Annual report on the lock hospitals of the Madras Presidency
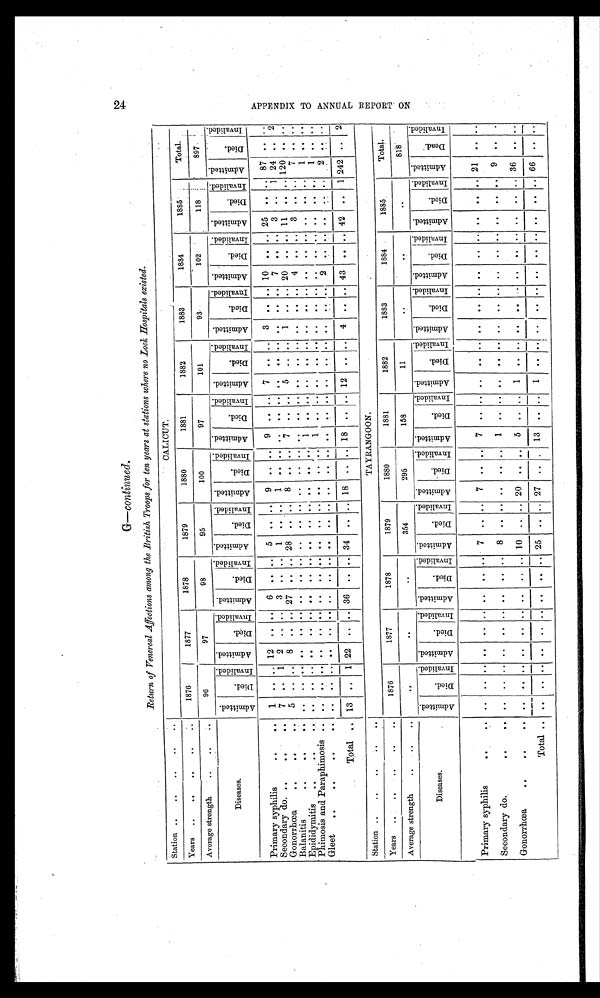
G-continued.
Return of Venereal Affections among the British Troops for ten years at stations where no Loch Hospitals existed.
Station ..
..
.. ..
CALICUT.
Total.
Years
..
.. ..
..
..
1876
1.1877
1878
1879
1880
1881
1882
1883
1884
1885
Average strength
.. ..
..
96
97
98
95
100
97
101
93
102
118
897.
Diseases.
A d m i t t e d
D i e d
I n v a l i d e d
A d m i t t e d
D i e d
I n v a l i d e d
A d m i t t e d
D i e d
I n v a l i d e d
A d m i t t e d
D i e d
I n v a l i d e d
A d m i t t e d
D i e d
I n v a l i d e d A d m i t t e d
D i e d
I n v a l i d e d A d m i t t e d
D i e d I nval i ded A d m i t t e d
D i e d
I nval i ded
A d m i t t e d
D i e d I nval i ded
A d m i t t e d
D i e d
I n v v v v a l i d d d d e d A d m i t t e d
D i e d
I n v v a l i d e d
Primary syphilis
00
ell
1 . . . . 12
I . . . 6
... ..
5
00
..
9
.. 00
9
.. .0
7
.. ..
3
.. .. 10
..
.0
25
8
.
S econdary do. ..
..
00
7
..
1
2
.. ..
3
: . ..
1
.. . .
1
Om
o.
00
O.
oe
60
..
..
..
..
. .
7
.. ..
3
..
1
24 ..
2
Gonorrhoea
. . 41 I . .
5
.. ..
8
.. .. 27
.. .. 28
8
00
ee
7
5
00
00
1
00
00
20 . . . 1 11
.
.. 120 .. ..
Balanitis
. . . .
.. ..
„ ..
.. .. ..
.. „ ..
.. „ ..
.. , . . ,
. . .. „
. , 4
. . . .
3
. .
7 . . ..
E pi did ym itis . . . .
..
. .
. . ..
. .
O.
. .
. .
. .
. .
. .
. .
. .
. .
to.
1
O.
...
.0
..
.0
00
O.
es
0.
00
.0
se
e.
0.
1
GO
Phimosis and Paraphimosis .. ..
.. . . . .
. . . .
. .
. .
. . .
..
. . .
..
. . 1
0.
e.
00
00
0.
ee
Oe
..
00
00
oe
ee
so
..
1
00
.0
Gleet
. . . . . .
. .
. . . . . .
. . . .
--
. .
. . . . . .
. . . .
__
. .
. .
_
. .
. .
.__
. .
_
.__
2
_._
__
.__
. .
Total
--
13
..
___
1 22
.. .. 36
..
.._
.. 34
.. .. 18
.. .. 18
.. .. 12
.. ..
4
..
.. 43
.. . . 42
..
1 242 ..
2
Station . . .. . . . .
_
TAYRANGOON.
Years ..
. . . . ' ' . .
1876
1377
1878
1879
1880
1881
1882
1883
1884
1885.
Total.
Average strength
. . .. .
..
..
354
295
158
11
818
Diseases.
.
-
0
-,-
"d
rd
'''l
.
Pti
4
-6 0
7:7
, ,„
_
ca
4
-6;
0
-,-.
..,.., . n - n
Fi
d
-,
_ I
.-.0
. 0
4
-6 0
.-cl
' ,...1 ca
4
-6 0
-,-.
.
r i
,,,,
..,
rti
0
4
.
-6 0.) d
, ,
ca
4
.
r.d
c.)
4. ..i .z
5
,..ci
.,4
-6
.0
4
'-'d 0
,-.d , ,,
74
4
Ti
0
-,-. +a
I-1
j
.
q
-6 a)
,.,..,,
.
71
t..
4
-6 0
.4,
....,
1
,,,,,
<4
..,1
. 0
4
-6 0
.-c5 . r-I
Ta'
n--
4
-6 0
-4-.
..-.
0
ti
-.,
t
4
-6 a)
.-d
. r.
0
4I
rc
0
4.
-1-.
. 0
-6
0
4
-6
CD
,-.
. n-n
74
4
.-d
0
-..
....
d
,,,,
rti
.0
4
i '-r -3
0
I :5
L'.7e
I
14
-d,
7,t;
'g
4
.„,i
0
....,
A
-cs
0
'Cl ....
,
1=1
-6
0
:, '"'
'''l
. .
P
.16
rd
. ,..,
)-4
Primary syphilis
.6
..
..
.
.. ".
.. 00 0.
....
...
7
.. ..
7
.. ..
7
, . .. ..
.. .. ..
.. , . ..
. , , . ..
.. .. 21
Secondary do.
..
8
. . . . . .
. . ..
1
,.
. ..
.. ., „
.. „ „
„ .. ..
..
..
9
.
Gonorrhea
66
Os
, ,
..
..
,
,.
..
..
..
,.
,.
10
se
..
20
60
.0
5
.. ..
1
.0
0.
06
0.
00
OS
..
. . .
ee
ime
..
. n . nn
36 . . . .
Total 00
n .. ..n .n .
so
.....n.n.
of
. . .n
.
00
00
..
ee
es
0.
0e
25
.. e. 27
ee
..n.
.
13
..
n-.-.
..
1
00
n..
0.
oo
ee
.n.n
ee
.0
Oe
ee
00
se
se
66
0.
0.